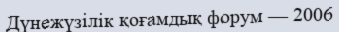
Дүнежүзілік қоғамдық форум — 2006